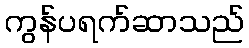
ကွန်ပရက်ဆာသည်